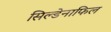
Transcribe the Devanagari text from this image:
सिल्डेनाफिल